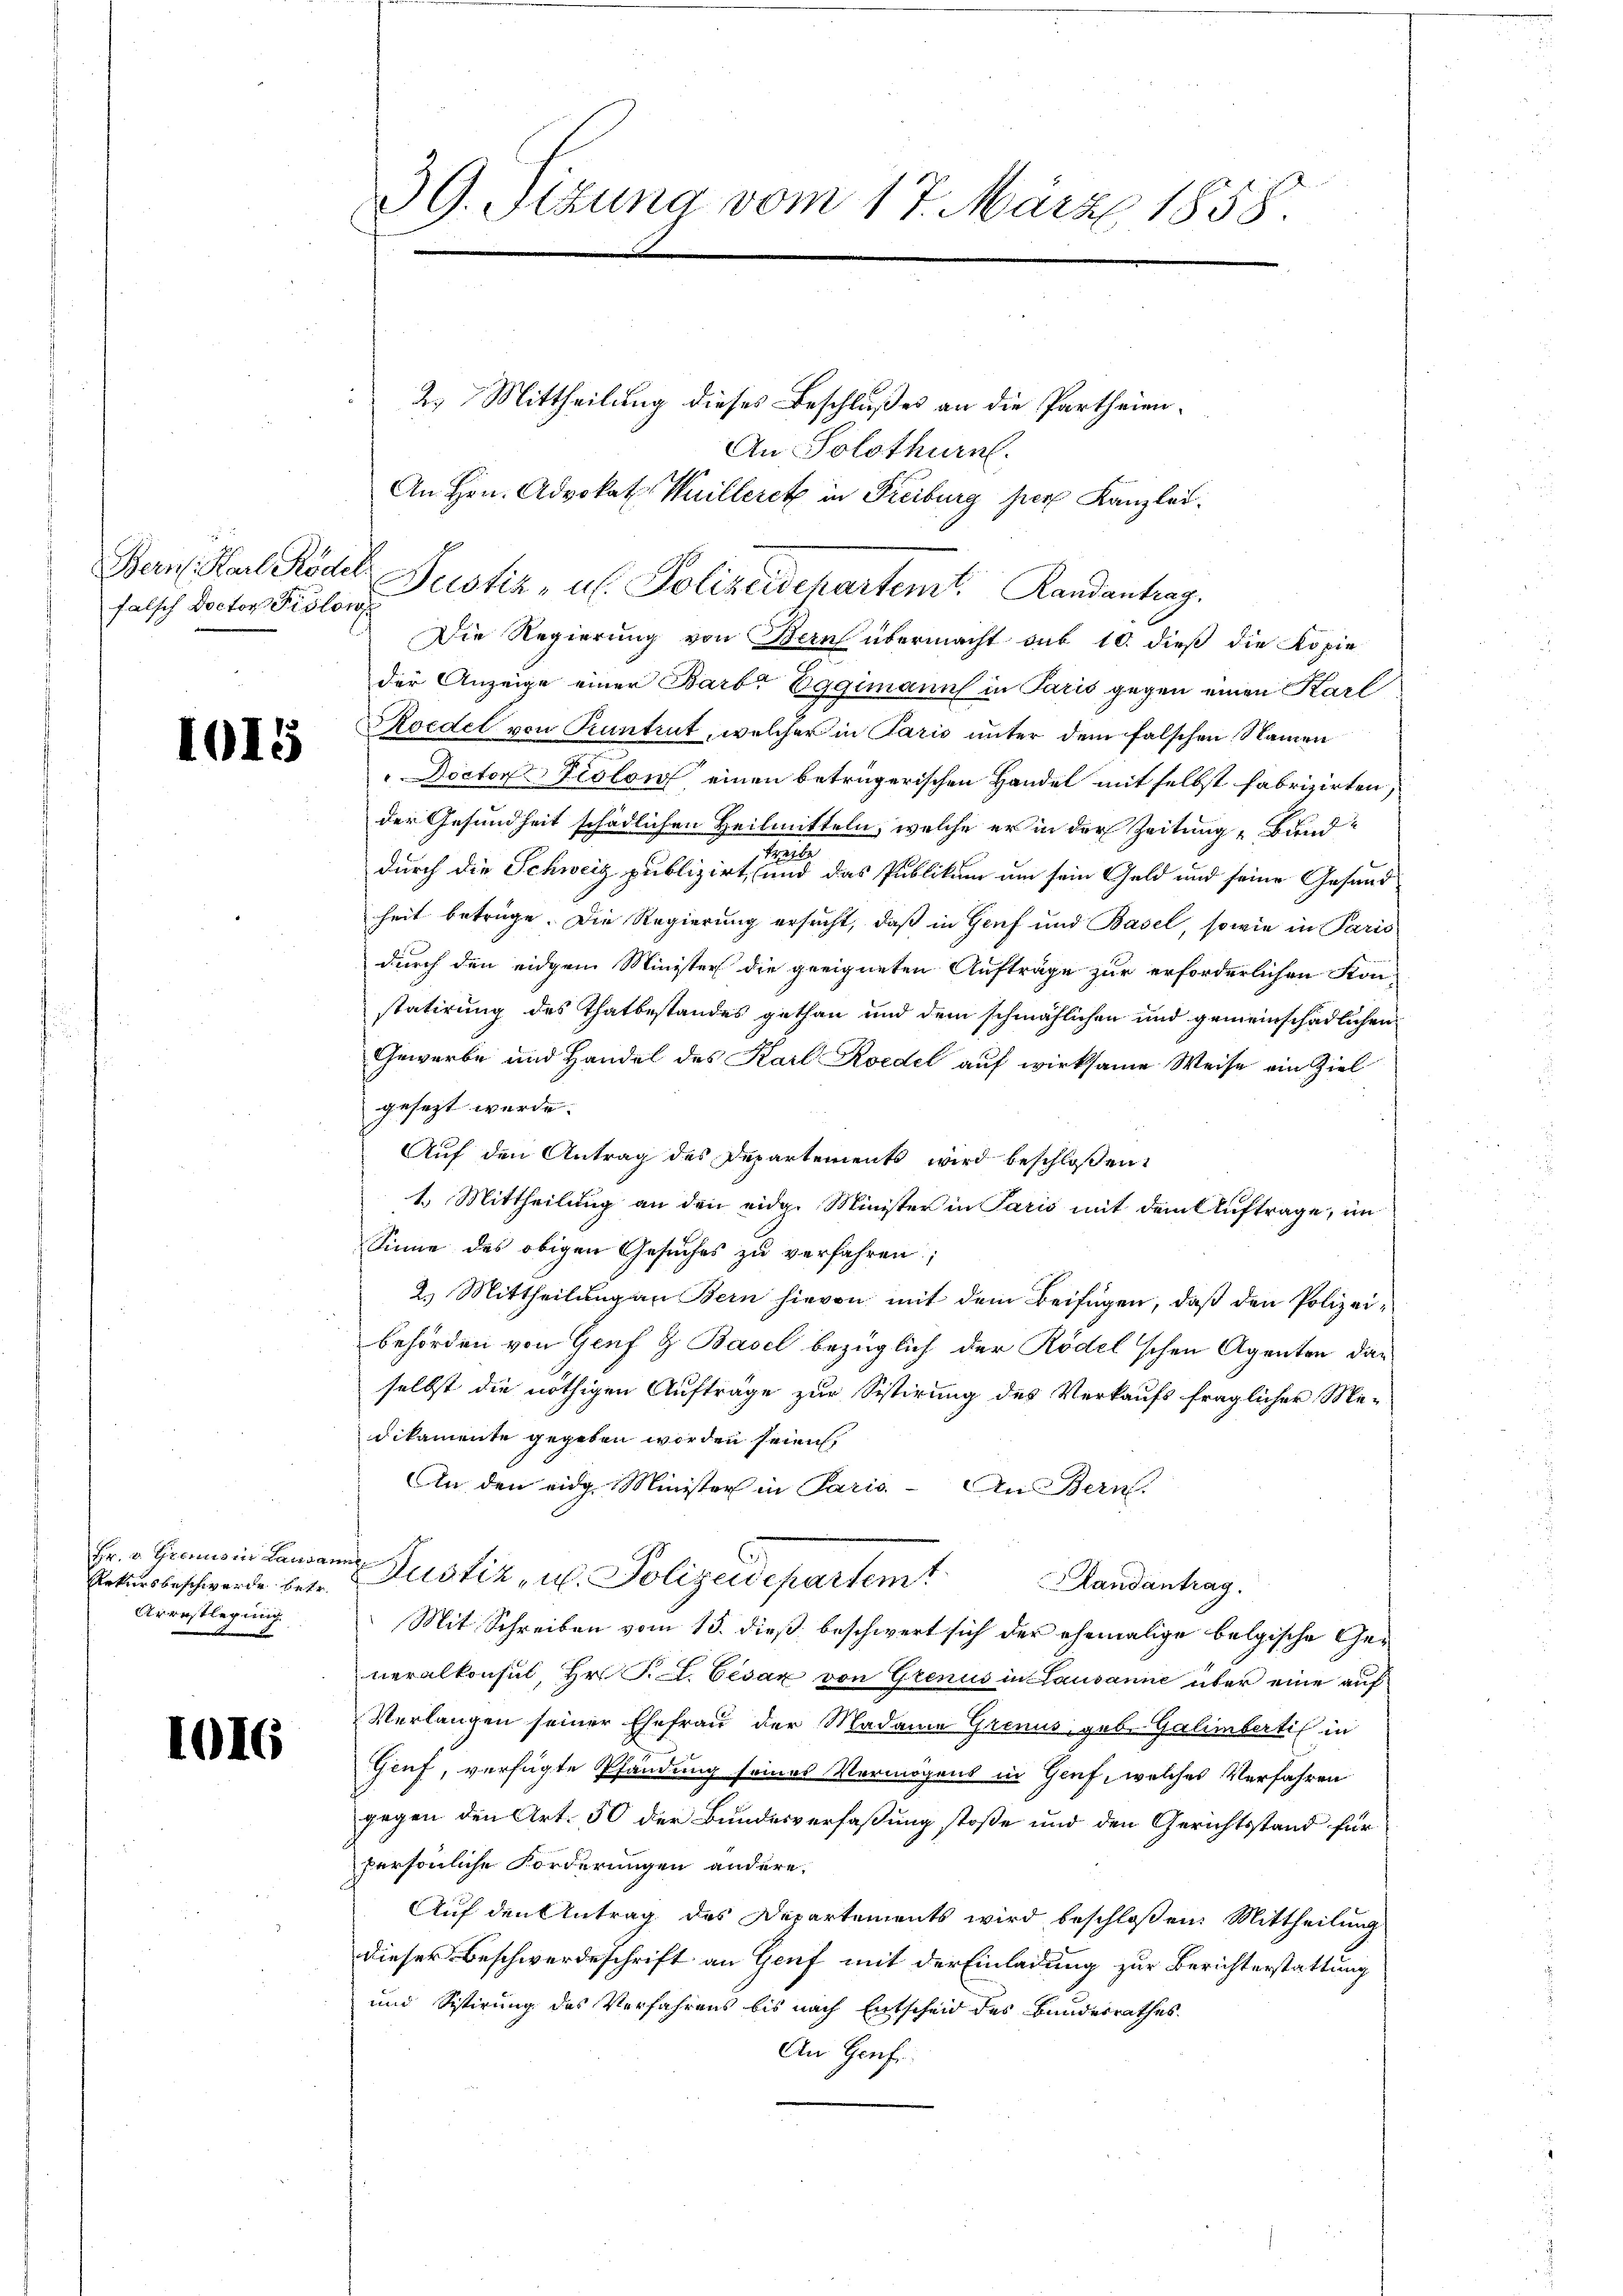
falsch Doctor Pislow

1015

Hr. v. Grens in Landam
Rekursbeschwerde betr.
Arrestlegung

1016

39. Sitzung vom 17. März 1858.

2. Mittheilung dieses Beschlußes an die Partheien¬
An Solothurn.
An Hrn. Advokat Huilleret in Freiburg per Kanzlei.
Bern. Karl Rödel Nustiz- u. Polizeidchartemt. Randantrag.
Die Regierung von Bern übermacht sub 10. dieß die Kopie
der Anzeige einer Barb. Eggimann in Paris gegen einen Karl
Roedel von Pruntrut, welcher in Paris unter dem falschen Namen
 Doctor Piston einen beträgerischen Handel mit selbst fabrizirten,
der Gesundheit schädlichen Heilmitteln, welche er in der Zeitung „Bund
s
durch die Schweiz publizirt, und das Publikum um sein Geld und seine Gesand
heit betrüge. Die Regierung ersucht, daß in Genf und Basel, sowie in Paris
durch den eidgem Minister die geeigneten Aufträge zur erforderlichen Kon-
statirung des Thatbestandes gethan und dem schmählichen und gemeinschädlichen
Gewerbe und Handel des Karl Roedel auf wirksame Weise ein Ziel
gesezt werde.
Auf den Antrag des Departements wird beschloßen:
1. Mittheilung an den eidg. Minister in Paris mit dem Auftrage, im
Sinne des obigen Gesuches zu verfahren;
2.) Mittheilung an Bern hievon mit dem Beifügen, daß den Polizeibehörden von Genf & Basel bezüglich der Rödel'schen Agenten daselbst die nöthigen Aufträge zur Sistirung des Verkaufs fraglicher Medikamente gegeben worden seien,
An den eidg. Minister in Paris - An Bern.
Justiz- u. Polizeidepartemt
Slandantrag.
Mit Schreiben vom 15. dieß beschwert sich der ehemalige belgische Generalkonsul, Hr. P. A. Cesar von Grenus in Lausanne über eine auf¬
Verlangen seiner Ehefrau der Madame Grenus, geb. Galibertis in
Genf, verfügte Pfändung seines Vermögens in Genf, welches Verfahren
gegen den Art. 50 der Bundesverfaßung stoße und den Gerichtsstand für
persönliche Forderungen andere,
Auf den Antrag des Departements wird beschloßen: Mittheilung
dieser Beschwerdeschrift an Genf mit der Einladung zur Berichterstattung
und Sistirung des Verfahrens bis nach Entscheid des Bundesrathes
An Genf